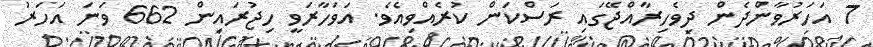
7 އަހަރުވާންދެން ދިވެހިރާއްޖޭގައި ރަސްކަން ކުރެއްވިއެވެ. އަވަހާރަވީ ހިޖުރައިން 662 ވަނަ އަހަރު